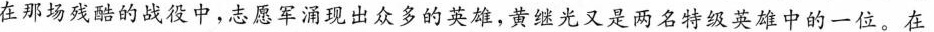
在那场残酷的战役中，志愿军涌现出众多的英雄，黄继光又是两名特级英雄中的一位。在